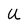
Character: U